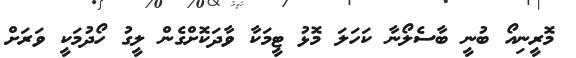
މޮރީނިއޯ ބުނީ ބާސެލޯނާ ކަހަލަ މޮޅު ޓީމަކާ ވާދަކޮށްގެން ލީގު ހޯދުމަކީ ވަރަށް